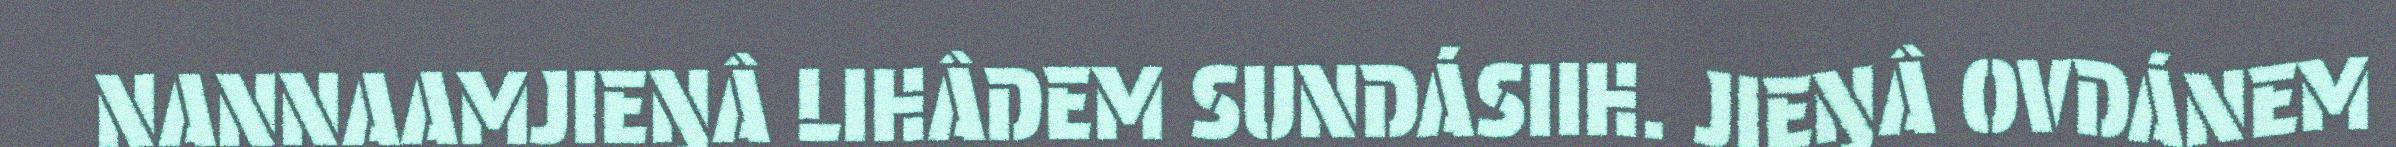
NANNAAMJIEŊÂ LIHÂDEM SUNDÁSIIH. JIEŊÂ OVDÁNEM